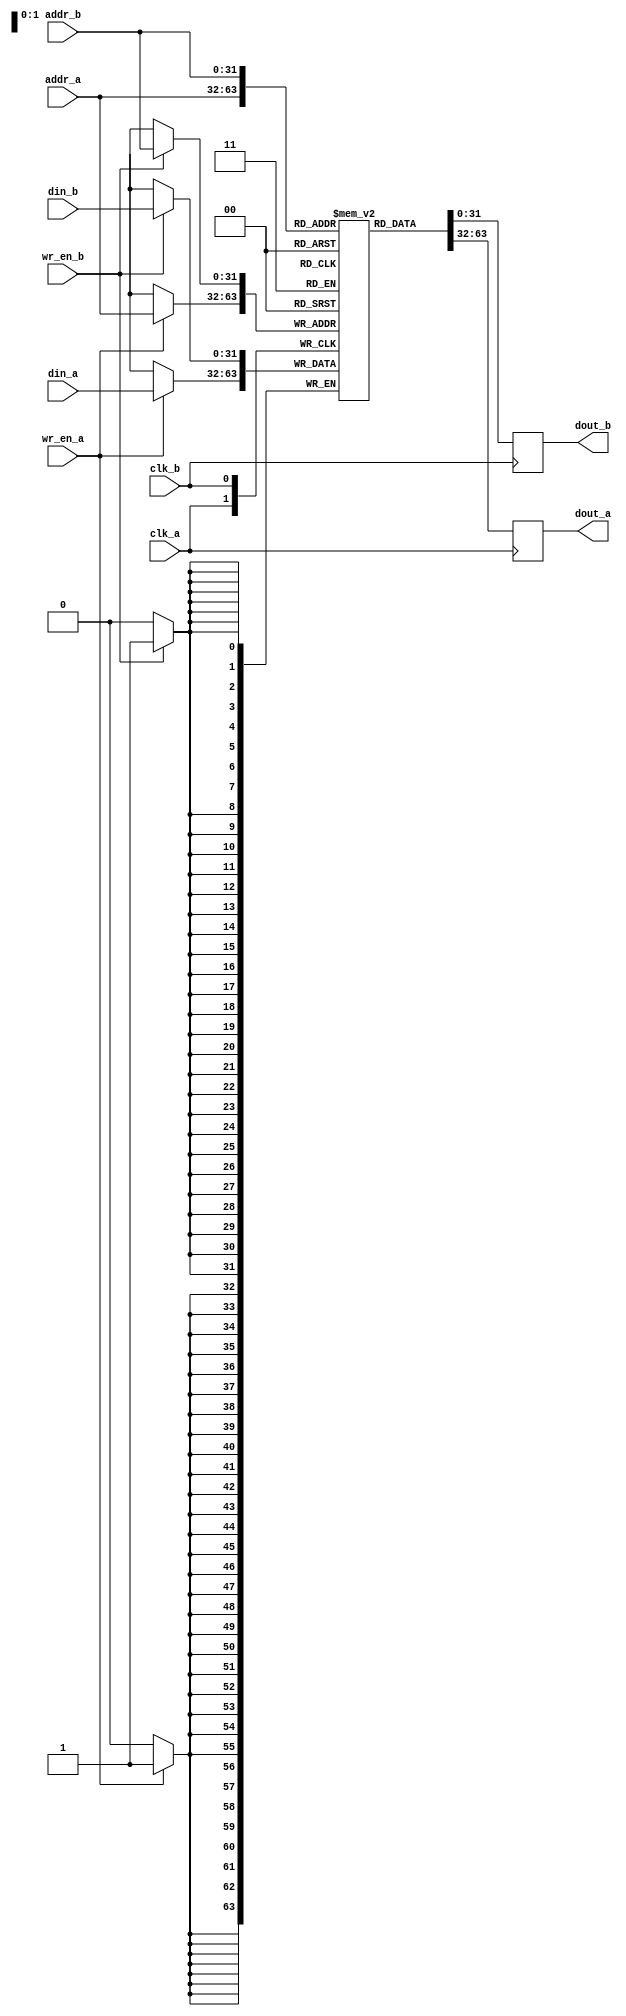
module dc_ram(input wire clk_a,
	      input wire [addr_bits - 1:0] addr_a,
	      input wire [data_bits - 1:0] din_a,
	      output reg [data_bits - 1:0] dout_a,
	      input wire wr_en_a,
	      input wire clk_b,
	      input wire [addr_bits - 1:0] addr_b,
	      input wire [data_bits - 1:0] din_b,
	      output reg [data_bits - 1:0] dout_b,
	      input wire wr_en_b);

parameter addr_bits = 32;
parameter data_bits = 32;

reg [data_bits - 1:0] ram[2 ** addr_bits - 1:0];

always @(posedge clk_a) begin
	if (wr_en_a)
		ram[addr_a] <= din_a;
	dout_a <= ram[addr_a];
end

always @(posedge clk_b) begin
	if (wr_en_b)
		ram[addr_b] <= din_b;
	dout_b <= ram[addr_b];
end

endmodule